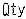
QTY